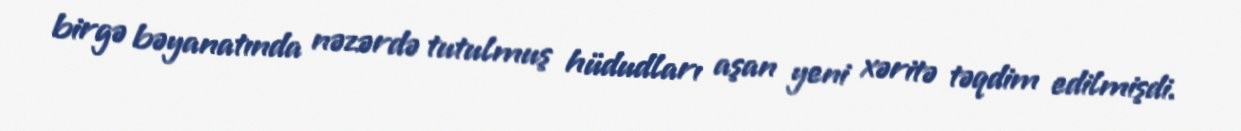
birgə bəyanatında nəzərdə tutulmuş hüdudları aşan yeni xəritə təqdim edilmişdi.